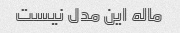
ماله این مدل نیست